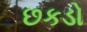
છકડો